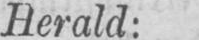
Herald: